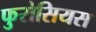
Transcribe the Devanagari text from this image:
फुरोसियस